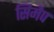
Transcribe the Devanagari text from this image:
सिमैप